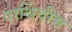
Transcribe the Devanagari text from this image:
पार्थिवीम